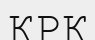
ҚРҚ